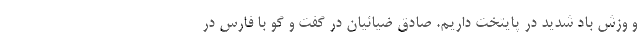
و وزش باد شدید در پایتخت داریم. صادق ضیائیان در گفت و گو با فارس در